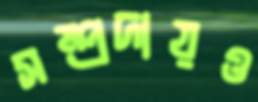
সম্প্রদায়ও